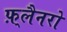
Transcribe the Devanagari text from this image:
फ़्लैनरो